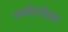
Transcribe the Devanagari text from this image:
मन्त्रोपदेसा